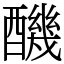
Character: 䤒